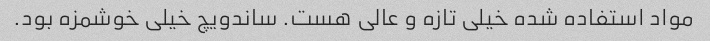
مواد استفاده شده خیلی تازه و عالی هست. ساندویچ خیلی خوشمزه بود.